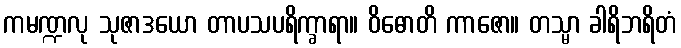
ကမဏ္ဍလု သုဇာဒယော တာပသပရိက္ခာရာ။ ဝိဓောတိ ကာဇော။ တသ္မာ ခါရိဘရိတံ